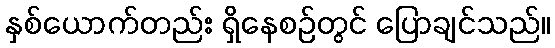
နှစ်ယောက်တည်း ရှိနေစဉ်တွင် ပြောချင်သည်။